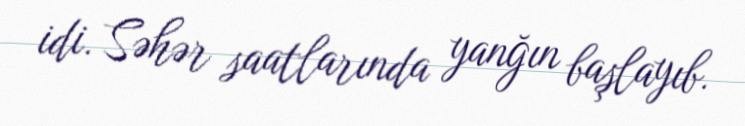
idi. Səhər saatlarında yanğın başlayıb.